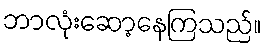
ဘာလုံးဆော့နေကြသည်။